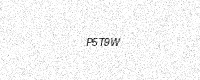
Text: P5T9W